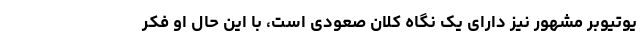
یوتیوبر مشهور نیز دارای یک نگاه کلان صعودی است، با این حال او فکر